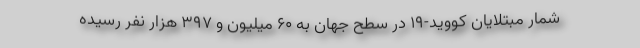
شمار مبتلایان کووید-۱۹ در سطح جهان به ۶۰ میلیون و ۳۹۷ هزار نفر رسیده